King Institute of Preventive Medicine Bacteriolog. Section reports 1907-08
Year: 1907
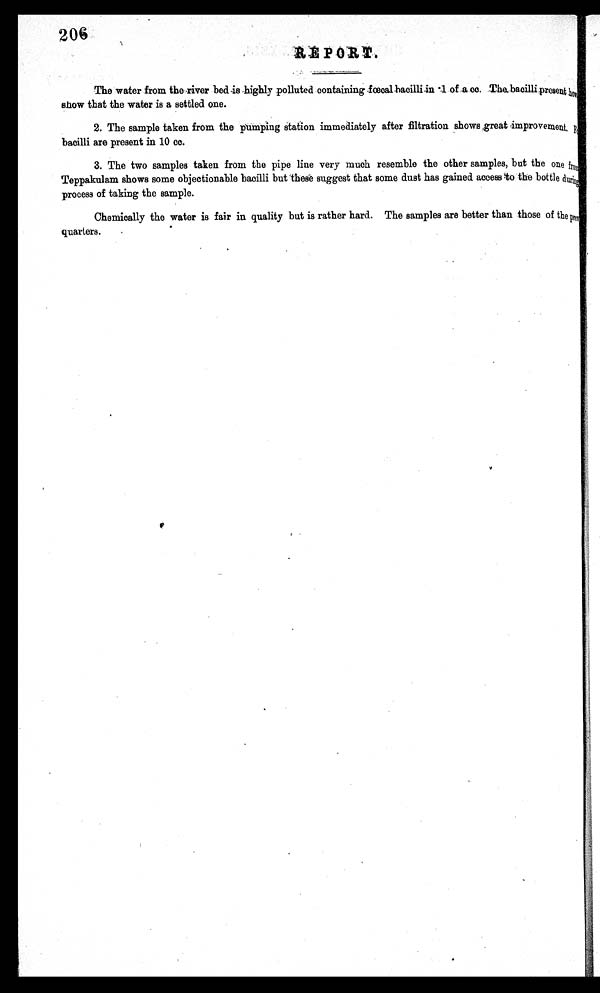
2 0 6
R E P O R T .
The water from the river bed. -is highly polluted containing fœcal bacilli in .1 of a co. The bacilli present how
show that the water is a settled one.
2. The sample taken from the pumping station immediately after filtration shows great improvement. F
bacilli are present in 10 cc.
3. The two samples taken from the pipe line very much resemble the other samples, but the one fro
Teppakulam shows some objectionable bacilli but these suggest that some dust has gained access to the bottle during
process of taking the sample.
Chemically the water is fair in quality but is rather hard. The samples are better than those of the pro
quarters.